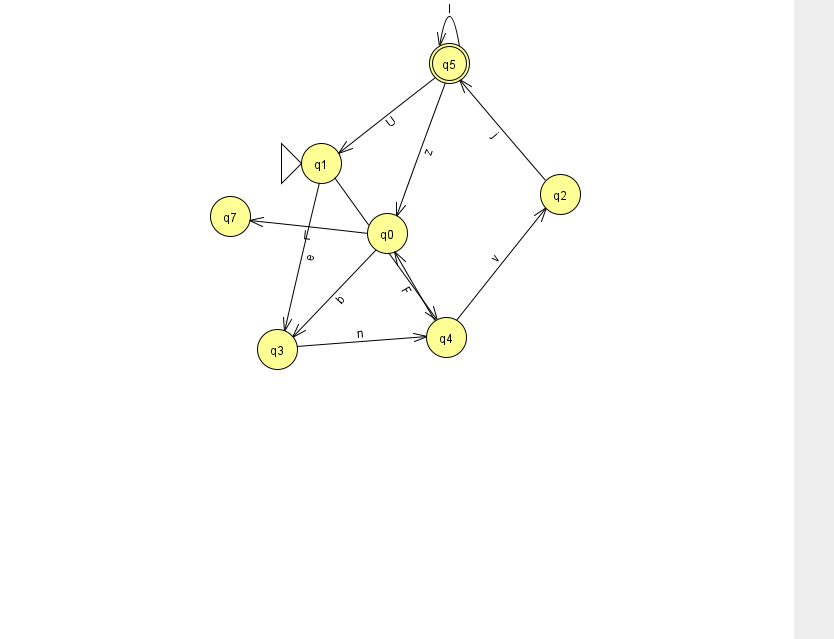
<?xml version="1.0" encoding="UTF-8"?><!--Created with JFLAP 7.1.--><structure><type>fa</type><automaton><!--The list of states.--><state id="0" name="q0"><x>387.0</x><y>220.0</y></state><state id="1" name="q1"><x>321.0</x><y>150.0</y><initial/></state><state id="2" name="q2"><x>560.0</x><y>181.0</y></state><state id="3" name="q3"><x>277.0</x><y>336.0</y></state><state id="4" name="q4"><x>446.0</x><y>324.0</y></state><state id="5" name="q5"><x>449.0</x><y>50.0</y><final/></state><state id="7" name="q7"><x>230.0</x><y>203.0</y></state><!--The list of transitions.--><transition><from>2</from><to>5</to><read>j</read></transition><transition><from>1</from><to>4</to><read>F</read></transition><transition><from>5</from><to>0</to><read>z</read></transition><transition><from>1</from><to>3</to><read>e</read></transition><transition><from>5</from><to>1</to><read>U</read></transition><transition><from>4</from><to>0</to><read>F</read></transition><transition><from>5</from><to>5</to><read>I</read></transition><transition><from>3</from><to>4</to><read>n</read></transition><transition><from>0</from><to>7</to><read>L</read></transition><transition><from>0</from><to>3</to><read>b</read></transition><transition><from>4</from><to>2</to><read>v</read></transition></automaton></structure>